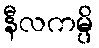
နီလကမ္ပိ